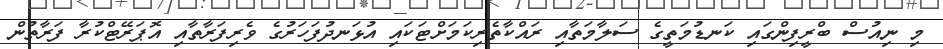
މި ނިއުސް ބްރީފިންގައި ކަނޑުމަތީގެ ސަލާމަތާއި ރައްކާތެރިކަމަށްޓަކައި އުޅަނދުފަހަރުގެ ވެރިފަރާތާއި އޮޕަރޭޓްކުރާ ފަރާތުން